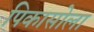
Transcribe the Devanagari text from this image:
पिकासोला